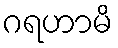
ဂရဟာမိ